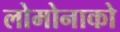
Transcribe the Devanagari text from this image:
लोमोनाको